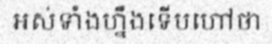
អស់ទាំងហ្នឹងទើបហៅថា